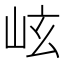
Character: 𪨬